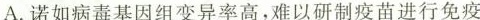
A.诺如病毒基因组变异率高，难以研制疫苗进行免疫